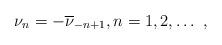
LaTeX: \begin{align*} \nu_{n} = - \overline{\nu}_{-n+1}, n=1,2, \ldots \ ,\end{align*}